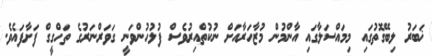
ޚަބަރު ލިބޭގޮތުގައި މިމައްސަލާގައި އާންމުން މުޒާހަރާއަށް ނުކުތްއިރުވެސް ފުލުހުންވަނީ ގަވަރްނަރުގެ ތަހްގީގް ފަށާފައެވެ.